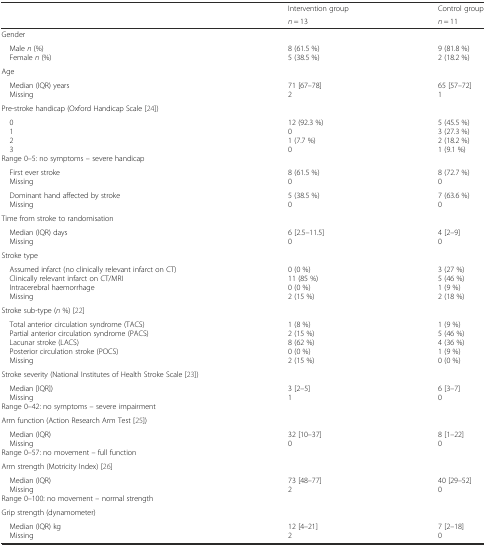
<table><thead><tr><td rowspan="2"></td><td><b>Intervention group</b></td><td><b>Control group</b></td></tr><tr><td><b><i>n</i> = 13</b></td><td><b><i>n</i> = 11</b></td></tr></thead><tbody><tr><td>Gender</td><td></td><td></td></tr><tr><td> Male <i>n</i> (%) Female <i>n</i> (%)</td><td>8 (61.5 %)5 (38.5 %)</td><td>9 (81.8 %)2 (18.2 %)</td></tr><tr><td>Age</td><td></td><td></td></tr><tr><td> Median (IQR) years Missing</td><td>71 [67–78]2</td><td>65 [57–72]1</td></tr><tr><td>Pre-stroke handicap (Oxford Handicap Scale [24])</td><td></td><td></td></tr><tr><td> 0 1 2 3Range 0–5: no symptoms – severe handicap</td><td>12 (92.3 %)01 (7.7 %)0</td><td>5 (45.5 %)3 (27.3 %)2 (18.2 %)1 (9.1 %)</td></tr><tr><td> First ever stroke Missing</td><td>8 (61.5 %)0</td><td>8 (72.7 %)0</td></tr><tr><td> Dominant hand affected by stroke Missing</td><td>5 (38.5 %)0</td><td>7 (63.6 %)0</td></tr><tr><td>Time from stroke to randomisation</td><td></td><td></td></tr><tr><td> Median (IQR) days Missing</td><td>6 [2.5–11.5]0</td><td>4 [2–9]0</td></tr><tr><td>Stroke type</td><td></td><td></td></tr><tr><td> Assumed infarct (no clinically relevant infarct on CT) Clinically relevant infarct on CT/MRI Intracerebral haemorrhage Missing</td><td>0 (0 %)11 (85 %)0 (0 %)2 (15 %)</td><td>3 (27 %)5 (46 %)1 (9 %)2 (18 %)</td></tr><tr><td>Stroke sub-type (<i>n</i> %) [22]</td><td></td><td></td></tr><tr><td> Total anterior circulation syndrome (TACS) Partial anterior circulation syndrome (PACS) Lacunar stroke (LACS) Posterior circulation stroke (POCS) Missing</td><td>1 (8 %)2 (15 %)8 (62 %)0 (0 %)2 (15 %)</td><td>1 (9 %)5 (46 %)4 (36 %)1 (9 %)0 (0 %)</td></tr><tr><td>Stroke severity (National Institutes of Health Stroke Scale [23])</td><td></td><td></td></tr><tr><td> Median [IQR]) MissingRange 0–42: no symptoms – severe impairment</td><td>3 [2–5]1</td><td>6 [3–7]0</td></tr><tr><td>Arm function (Action Research Arm Test [25])</td><td></td><td></td></tr><tr><td> Median (IQR) MissingRange 0–57: no movement – full function</td><td>32 [10–37]0</td><td>8 [1–22]0</td></tr><tr><td>Arm strength (Motricity Index) [26]</td><td></td><td></td></tr><tr><td> Median (IQR) MissingRange 0–100: no movement – normal strength</td><td>73 [48–77]2</td><td>40 [29–52]0</td></tr><tr><td>Grip strength (dynamometer)</td><td></td><td></td></tr><tr><td> Median (IQR) kg Missing</td><td>12 [4–21]2</td><td>7 [2–18]0</td></tr></tbody></table>